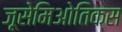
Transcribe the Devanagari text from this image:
ज़ूसेमिओतिक्स